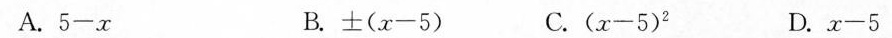
A.$$5 - x$$ B.$$± ( x - 5 )$$ C.$$( x - 5 ) ^ { 2 }$$ D.$$x - 5$$